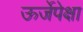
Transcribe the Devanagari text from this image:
ऊर्जेपेक्षा